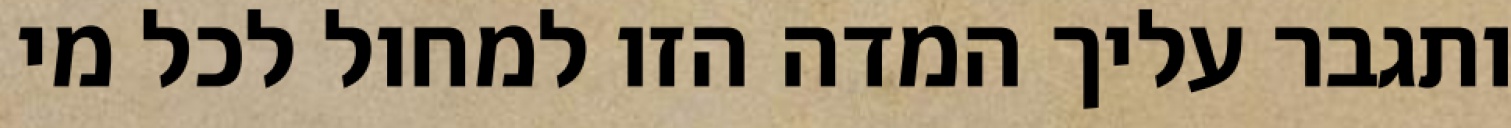
ותגבר עליך המדה הזו למחול לכל מי